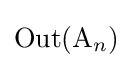
\operatorname {Out} (\mathrm {A} _{n})